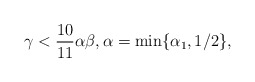
\begin{align*} \gamma<\frac{10}{11 }\alpha\beta,\alpha=\min\{\alpha_1,1/2 \}, \end{align*}